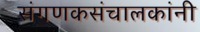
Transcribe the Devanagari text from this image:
संगणकसंचालकांनी